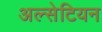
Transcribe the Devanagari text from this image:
अल्सेटियन